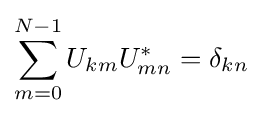
\sum _{m=0}^{N-1}U_{km}U_{mn}^{*}=\delta _{kn}